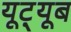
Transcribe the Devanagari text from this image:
यूट़्यूब